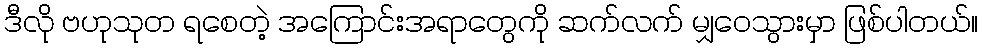
ဒီလို ဗဟုသုတ ရစေတဲ့ အကြောင်းအရာတွေကို ဆက်လက် မျှဝေသွားမှာ ဖြစ်ပါတယ်။